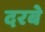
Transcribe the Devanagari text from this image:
दरबे